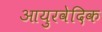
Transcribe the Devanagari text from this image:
आयुरवेदिक